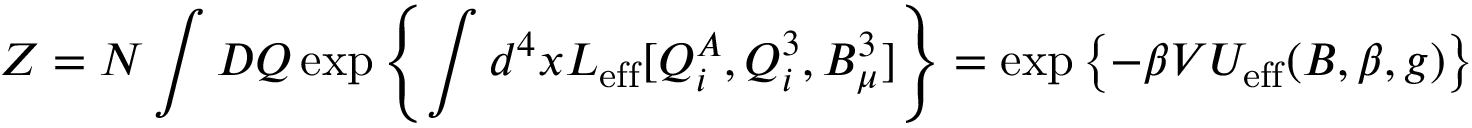
{ \cal Z } = { \cal N } \int D Q \exp \left\{ \int d ^ { 4 } x { \cal L } _ { \mathrm { e f f } } [ Q _ { i } ^ { A } , Q _ { i } ^ { 3 } , B _ { \mu } ^ { 3 } ] \right\} = \exp \left\{ - \beta V U _ { \mathrm { e f f } } ( B , \beta , g ) \right\}